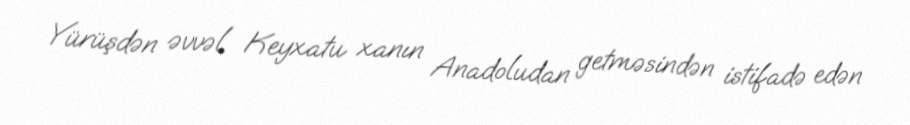
Yürüşdən əvvəl Keyxatu xanın Anadoludan getməsindən istifadə edən